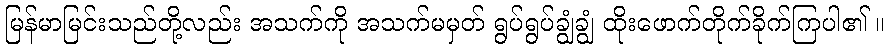
မြန်မာမြင်းသည်တို့လည်း အသက်ကို အသက်မမှတ် ရွပ်ရွပ်ချွံချွံ ထိုးဖောက်တိုက်ခိုက်ကြပါ၏ ။